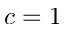
c = 1